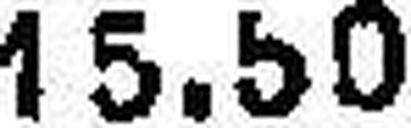
115.50